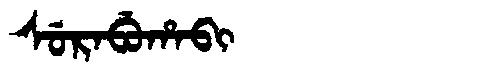
Manchu: ᠰᡠᡵᠠᠪᡠᡥᠠᠪᡳ
Romanization: SURABUHABI